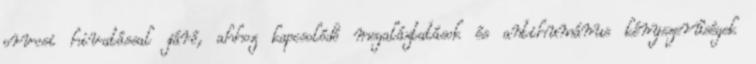
orvosi hivatással járó, ahhoz kapcsolódó megaláztatások és antihumánus kényszerûségek